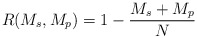
\begin{align*} R(M_s,M_p)=1-\frac{M_s+M_p}{N} \end{align*}